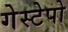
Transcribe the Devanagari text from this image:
गेस्टेपो